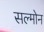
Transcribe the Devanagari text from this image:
सल्मोन